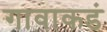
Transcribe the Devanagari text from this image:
गावाकडं